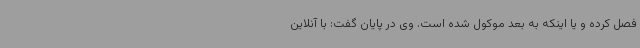
فصل کرده و یا اینکه به بعد موکول شده است. وی در پایان گفت: با آنلاین